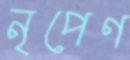
নৃপেণ